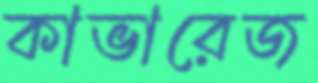
কাভারেজ